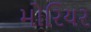
મોરિયર